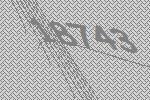
18743